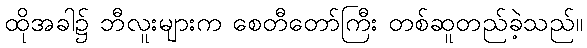
ထိုအခါ၌ ဘီလူးများက စေတီတော်ကြီး တစ်ဆူတည်ခဲ့သည်။